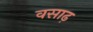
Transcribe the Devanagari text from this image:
वसाढ़